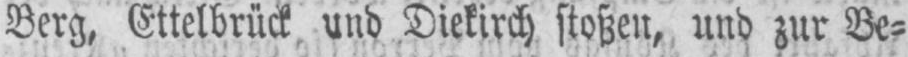
Berg, Ettelbrück und Diekirch stoßen, und zur Be⸗